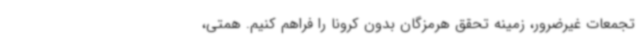
تجمعات غیرضرور، زمینه تحقق هرمزگان بدون کرونا را فراهم کنیم. همتی،